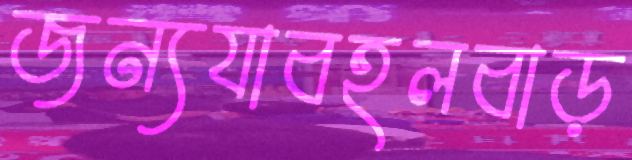
জন্যযাবহলবাড়